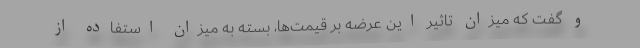
و گفت که میزان تاثیر این عرضه بر قیمت‌ها، بسته به میزان استفاده از